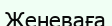
Женеваға